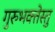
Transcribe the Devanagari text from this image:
गुरुभक्तेस्तु